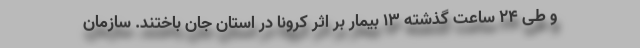
و طی ۲۴ ساعت گذشته ۱۳ بیمار بر اثر کرونا در استان جان باختند. سازمان